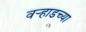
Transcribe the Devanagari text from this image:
वर्‍हाडच्या